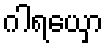
ဂါရယှော